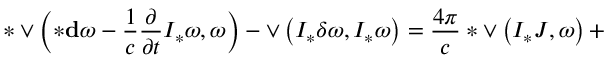
* \vee \left( * { \bf d } \omega - \frac 1 c \frac { \partial } { \partial t } { \cal I } _ { * } \omega , \omega \right) - \vee \left( { \cal I } _ { * } \delta \omega , { \cal I } _ { * } \omega \right) = \frac { 4 \pi } { c } * \vee \left( { \cal I } _ { * } { \cal J } , \omega \right) +